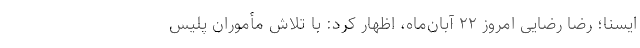
ایسنا؛ رضا رضایی امروز ۲۲ آبان‌ماه، اظهار کرد: با تلاش مأموران پلیس